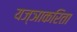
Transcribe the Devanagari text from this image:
यज्ञाकरिता